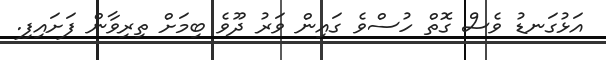
އަޅުގަނޑު ވެސް ގޮތް ހުސްވެ ގައިން ވަރު ދޫވެ ބިމަށް ތިރިވާން ފަށައިފި.